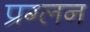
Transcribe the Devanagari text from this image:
प्रग्लन